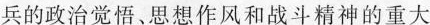
兵的政治觉悟、思想作风和战斗精神的重大